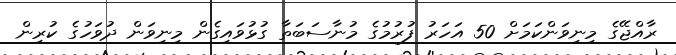
ރާއްޖޭގެ މިނިވަންކަމަށް 50 އަހަރު ފުރުމުގެ މުނާސަބަތާ ގުޅުވައިގެން މިނިވަން ދުވަހުގެ ކުރިން